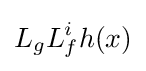
L_{g}L_{f}^{i}h(x)